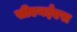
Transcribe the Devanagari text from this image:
सीएनईएस